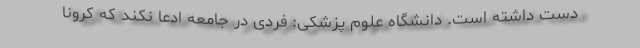
دست داشته است. دانشگاه علوم پزشکی: فردی در جامعه ادعا نکند که کرونا